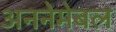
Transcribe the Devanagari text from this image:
अननेमेबल